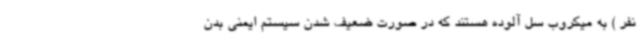
نفر ) به میکروب سل آلوده هستند که در صورت ضعیف شدن سیستم ایمنی بدن